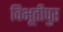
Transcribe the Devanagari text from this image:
विभूतीपुर